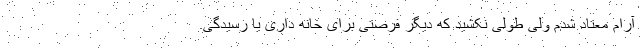
آرام معتاد شدم ولی طولی نکشید که دیگر فرصتی برای خانه داری یا رسیدگی